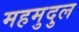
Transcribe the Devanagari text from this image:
महमुदुल